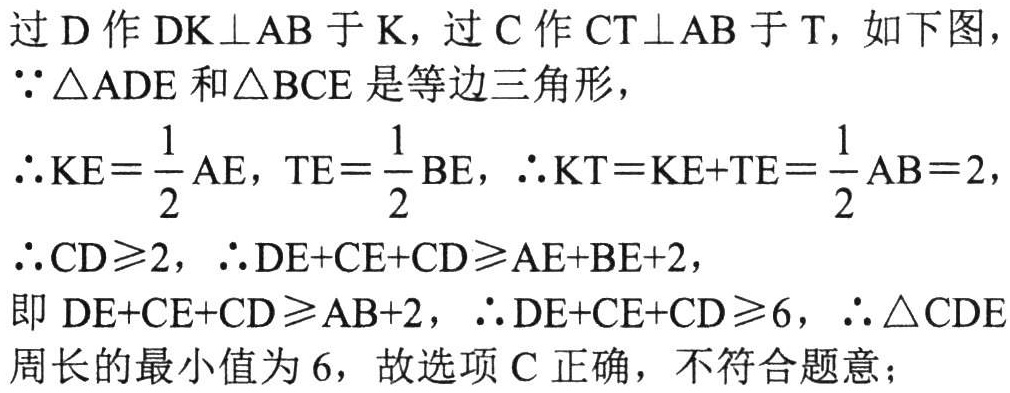
过\(D\)作\(DK\perp AB\)于\(K\)，过\(C\)作\(CT\perp AB\)于\(T\)，如下图，

\(\because\triangle ADE\)和\(\triangle BCE\)是等边三角形，

\(\therefore KE = \frac{1}{2}AE\)，\(TE = \frac{1}{2}BE\)，\(\therefore KT=KE + TE=\frac{1}{2}AB = 2\)，

\(\therefore CD\geq2\)，\(\therefore DE + CE + CD\geq AE + BE + 2\)，

即\(DE + CE + CD\geq AB + 2\)，\(\therefore DE + CE + CD\geq6\)，\(\therefore\triangle CDE\)

周长的最小值为\(6\)，故选项\(C\)正确，不符合题意；